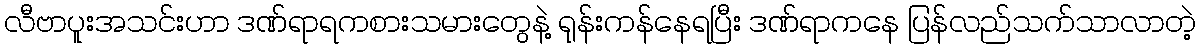
လီဗာပူးအသင်းဟာ ဒဏ်ရာရကစားသမားတွေနဲ့ ရုန်းကန်နေရပြီး ဒဏ်ရာကနေ ပြန်လည်သက်သာလာတဲ့